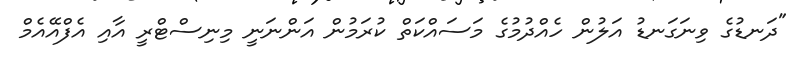
"ދަނޑުގެ ވިނަގަނޑު އަލުން ހެއްދުމުގެ މަސައްކަތް ކުރަމުން އަންނަނީ މިނިސްޓްރީ އާއި އެފްއޭއެމް